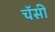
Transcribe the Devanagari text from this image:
चॅसी